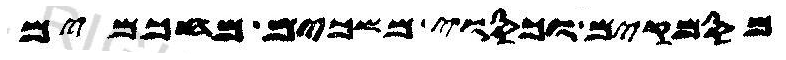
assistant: מסמקים וכסוי משכים מחכמים